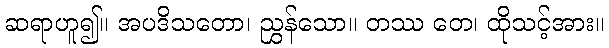
ဆရာဟူ၍။ အပဒိသတော၊ ညွှန်သော။ တဿ တေ၊ ထိုသင့်အား။